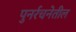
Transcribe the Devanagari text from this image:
पुनर्रचनेतील